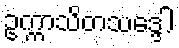
ဥက္ကာသိတသဒ္ဒေါ